Lunatic asylums Burma 1922-24 - 1922-1924
Year: 1922
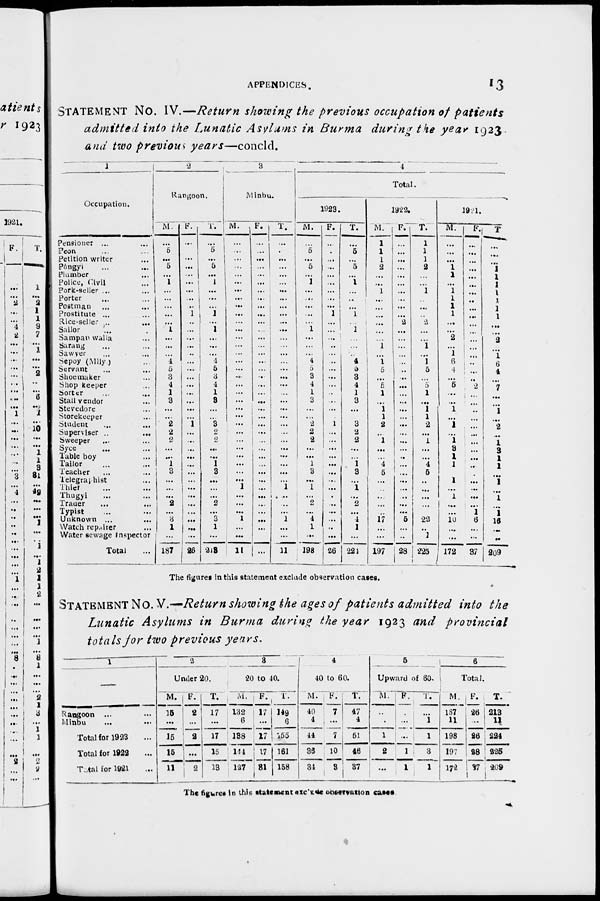
APPENDICES.
13
STATEMENT No. IV.—Return showing the previous occupation of patients
admitted into the Lunatic Asylums in Burma during the year 1923
and two previous years—concld.
1
Occupation.
Pensioner ... ...
Peon ... ...
Petition writer ...
Pôngyi ... ...
Plumber ...
Police, Civil ...
Pork-seller ... ...
Porter ... ...
Postman ... ...
Prostitute ... ...
Rice-seller ... ...
Sailor ... ...
Sampan walla ...
Sarang ... ...
Sawyer ... ...
Sepoy (Mlly ) ...
Servant ... ...
Shoemaker ...
Shop keeper ...
Sorter ... ...
Stall vendor ...
Stevedore ...
Storekeeper ...
Student ... ...
Superviser ..
...
Sweeper ... ...
Syce ... ...
Table boy ...
Tailor ... ...
Teacher ... ...
Telegraphist ...
Thief ... ...
Thugyi ... ...
Trader ... ...
Typist ... ...
Unknown ... ...
Watch repairer ...
Water sewage inspector
Total ...
2
Rangoon.
M.
...
5
...
5
...
1
...
...
...
...
...
1
...
...
...
4
5
3
4
1
3
...
...
2
2
2
...
...
1
3
...
...
...
2
...
3
1
...
187
F.
...
...
...
...
...
...
...
...
...
1
...
...
...
...
...
...
...
...
...
...
...
...
...
1
...
...
...
...
...
...
...
...
...
...
...
...
...
...
26
T.
...
5
...
5
...
1
...
...
...
1 ...
1
...
...
...
4
5
3
4
1
3
...
...
3
2
2
...
...
1
3
...
...
...
2
...
3
1
...
213
3
Minbu.
M.
...
...
...
...
...
...
...
...
...
...
...
...
...
...
...
...
...
...
...
...
...
...
...
...
...
...
...
...
...
...
...
1
...
...
...
1
...
...
11
F.
...
...
...
...
...
...
...
...
...
...
...
...
...
...
...
...
...
...
...
...
...
...
...
...
...
...
...
...
...
...
...
...
...
...
...
...
...
...
...
T.
...
...
...
...
...
...
...
...
...
...
...
...
...
...
...
...
...
...
...
...
...
...
...
...
...
...
...
...
...
...
...
1
...
...
...
1
...
...
11
4
Total.
1923.
M.
...
5
...
5
...
1
...
...
...
...
...
1
...
...
...
4
5
3
4
1
3
...
...
2
2
2
...
...
1
3
...
1
...
2
...
4
1
...
198
F.
...
....
...
...
...
...
...
...
...
1
...
...
...
...
...
...
...
...
...
..
...
...
...
1
...
...
...
...
...
...
...
...
...
...
...
...
..
...
26
T.
...
5
...
5
...
1
... ...
...
1
...
1
...
...
...
4
5
3
4
1
3
...
...
3
2
2
...
...
1
3
...
1
...
2
...
4
1
...
224
1922.
M.
1
1
1
2
...
...
1
...
...
...
...
...
...
1
...
1
5
...
5
1
...
1
1
2
...
1
...
...
4
5
...
...
...
...
...
17
...
1
197
F.
...
...
...
...
...
...
...
...
...
...
2
...
...
...
...
...
...
...
...
...
...
...
...
...
...
...
...
...
...
...
...
...
...
...
...
5
...
...
28
T.
1
1
1
2
...
...
1
...
...
...
2
...
...
1
...
1
5
...
5
1
...
1
1
2
...
1
...
...
4
5
...
...
...
...
...
22
...
1
225
1921.
M.
...
...
...
1
1
1
1
1
1
1
...
...
2
...
1
6
4
...
5
...
...
1
...
2
...
1
3
1
1
...
1
...
1
...
...
10
...
...
172
F.
...
...
...
...
...
...
...
...
...
...
...
...
...
...
...
...
...
...
2
...
...
...
...
...
...
...
...
...
...
...
...
...
...
...
1
6
...
...
37
T.
...
...
...
1
1
1
1
1
1
1
...
...
2
...
1
6
4
...
7
...
...
1
...
2
...
1
3 1
1
...
1
...
1
...
1
16
...
...
209
The figures in this statement exclude observation cases.
STATEMENT No. V.—Return showing the ages of patients admitted into the
Lunatic Asylums in Burma during the year 1923 and provincial
totals for two previous years.
1
—
Rangoon
... ...
Minbu ... ...
Total for 1923 ...
Total for 1922 ...
Total for 1921 ...
2
Under 20.
M.
15
...
15
15
11
F.
2
...
2
...
2
T.
17
...
17
15
13
3
20 to 40.
M.
132
6
138
144
127
F.
17
...
17
17
31
T.
149
6
155
161
158
4
40 to 60.
M.
40
4
44
36
34
F.
7
...
7
10
3
T.
47
4
51
46
37
5
Upward of 60.
M.
...
1
1
2
...
F.
...
...
...
1
1
T.
...
1
1
3
1
6
Total.
M.
187
11
198
197
172
F.
26
...
26
28
37
T.
213
11
224
225
209
The figures in this statement exclude observation cases.